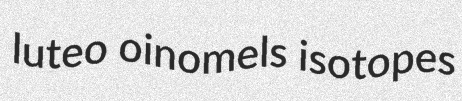
luteo oinomels isotopes